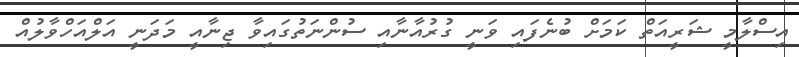
އިސްލާމީ ޝަރީއަތް ކަމަށް ބުނެފައި ވަނީ ގުރުއާނާއި ސުންނަތުގައިވާ ޖިނާއީ މަދަނީ އަލްއަހްވާލުއް